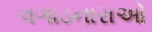
વગાડનારાઓ